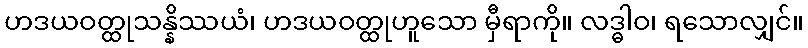
ဟဒယဝတ္ထုသန္နိဿယံ၊ ဟဒယဝတ္ထုဟူသော မှီရာကို။ လဒ္ဓါဝ၊ ရသောလျှင်။